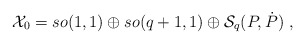
\begin{align*}{\cal X}_0 = so(1,1) \oplus so(q+1,1) \oplus {\cal S}_q(P,\dot P)\ ,\end{align*}